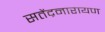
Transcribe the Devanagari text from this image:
सतेंद्रनारायण